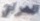
العراق